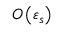
O \left( \varepsilon _ { s } \right)